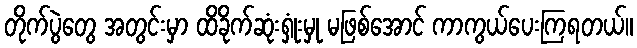
တိုက်ပွဲတွေ အတွင်းမှာ ထိခိုက်ဆုံးရှုံးမှု မဖြစ်အောင် ကာကွယ်ပေးကြရတယ်။